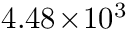
4 . 4 8 \! \times \! 1 0 ^ { 3 }